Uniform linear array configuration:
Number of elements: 48
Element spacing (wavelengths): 0.25
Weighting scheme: blackman
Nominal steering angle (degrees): -15
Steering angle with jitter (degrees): -14.599
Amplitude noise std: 0.05
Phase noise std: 0.05

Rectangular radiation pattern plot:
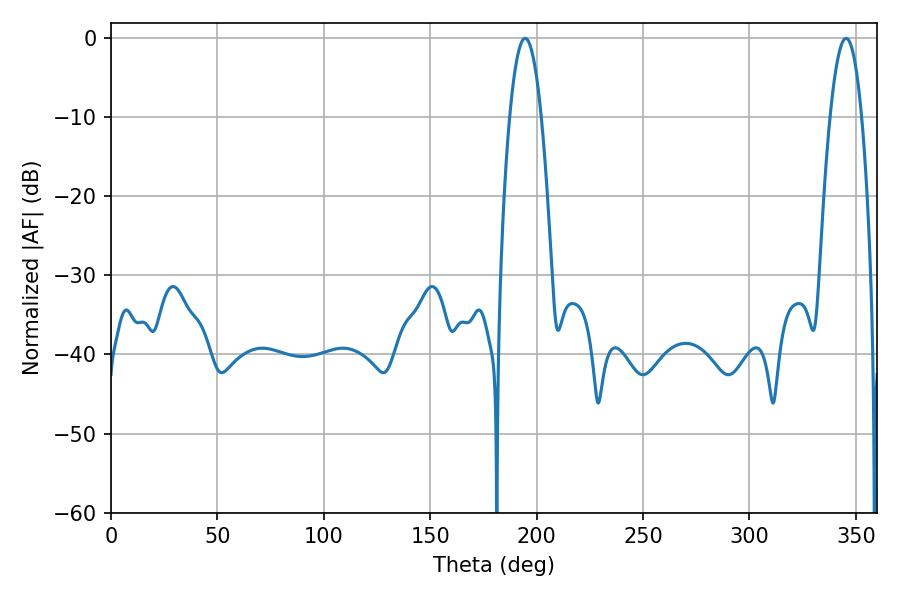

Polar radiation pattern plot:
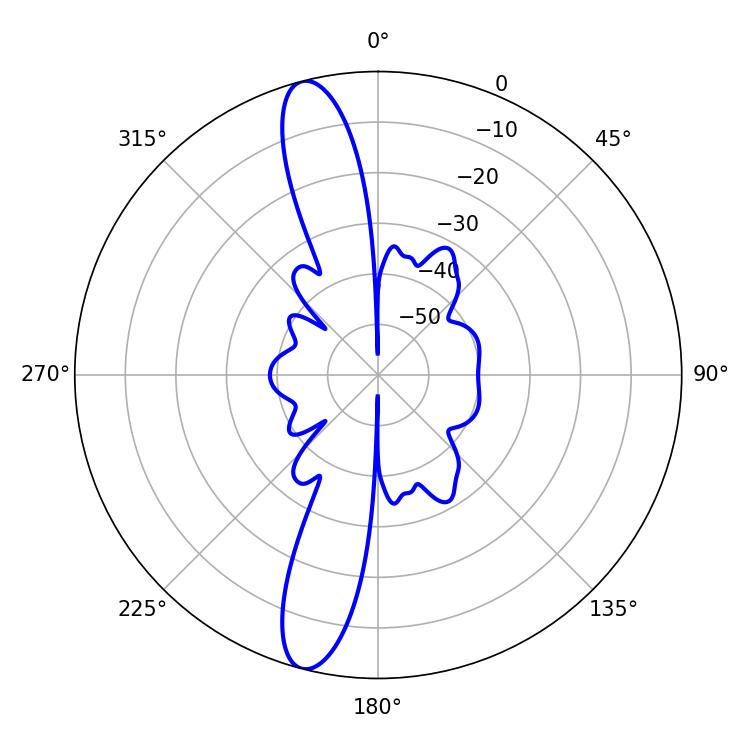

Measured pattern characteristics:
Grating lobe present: FALSE
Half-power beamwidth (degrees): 8.1
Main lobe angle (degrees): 194.58